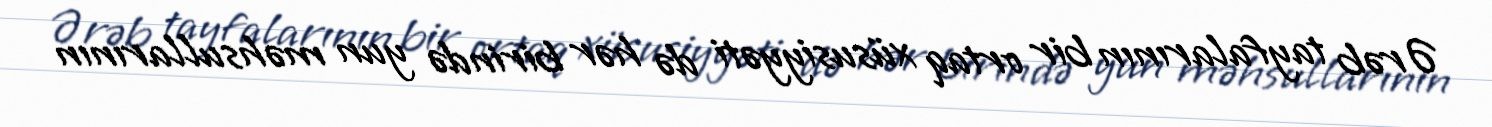
Ərəb tayfalarının bir ortaq xüsusiyyəti də hər birində yun məhsullarının